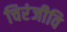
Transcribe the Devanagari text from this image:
चिरंजीवि